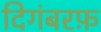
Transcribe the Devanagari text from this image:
दिगंबरफ़